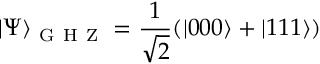
\vert \Psi \rangle _ { \mathrm { ~ G ~ H ~ Z ~ } } = \frac { 1 } { \sqrt { 2 } } ( \vert 0 0 0 \rangle + \vert 1 1 1 \rangle )